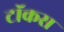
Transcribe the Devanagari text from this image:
टॉकस